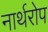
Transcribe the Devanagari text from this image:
नार्थरोप